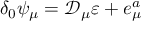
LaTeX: \delta _ { 0 } \psi _ { \mu } = \mathcal { D } _ { \mu } \varepsilon + e _ { \mu } ^ { a }